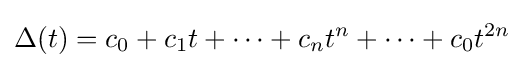
\Delta (t)=c_{0}+c_{1}t+\cdots +c_{n}t^{n}+\cdots +c_{0}t^{2n}